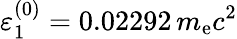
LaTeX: \varepsilon_{1}^{(0)}=0.02292\, m_{\mathrm{e}}c^{2}